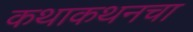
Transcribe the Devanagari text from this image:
कथाकथनचा